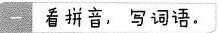
一 看拼音，写词语。